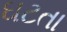
ઘટતા